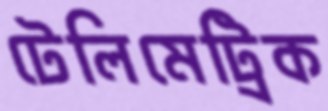
টেলিমেট্রিক